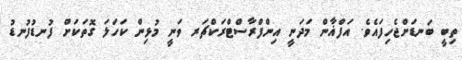
ތިބީ ބަނޑަށްޖެހިފައެވެ. އަފްޣާން މަދަނީ އިންފްރާސްޓްރަކްޗަރ ވަނީ މުޅިން ކަހަލަ ގޮތަކަށް ފުނޑުފުނޑު